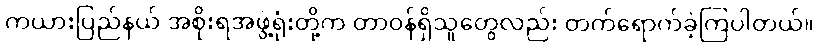
ကယားပြည်နယ် အစိုးရအဖွဲ့ရုံးတို့က တာဝန်ရှိသူတွေလည်း တက်ရောက်ခဲ့ကြပါတယ်။